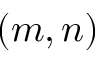
( m , n )